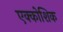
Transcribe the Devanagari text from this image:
एक्कोशिक